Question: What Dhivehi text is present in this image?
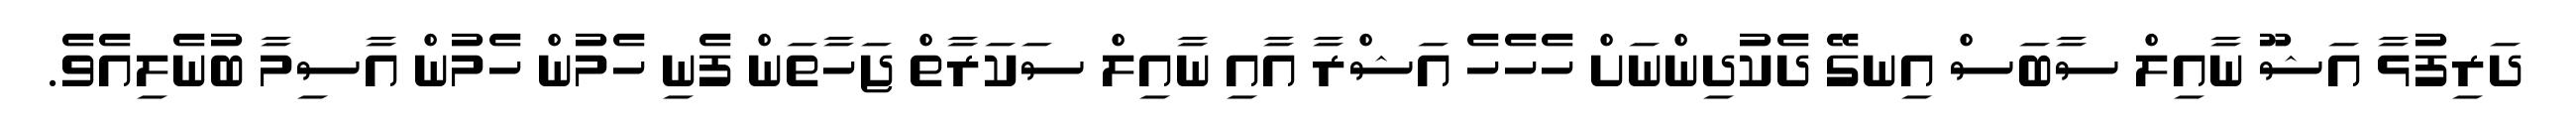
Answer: ދަރިފުޅާ އަޝޫ ނާއިލް ސާބަސް އިނގޭ ދެކުދިންނަށް ހެހެހެ އަޝްރާ އާއި ނާއިލް ސަކަރާތް ޖަހާތަން ފެނި ހެމުން ހެމުން އާސިމާ ބުނެލިއެވެ.